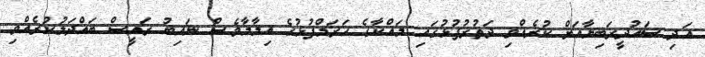
އަދި ސައުދީރަބިޔާއަށް ކުރެއްވި ދަތުރުފުޅުގައި މައްކާގެ ހަރަމްފުޅުގެ އިމާމާވެސް ނައިބު ރައީސް ބައްދަލުކުރެއްވި